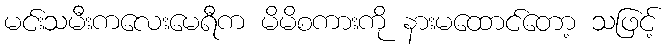
မင်းသမီးကလေးမေရီက မိမိစကားကို နားမထောင်တော့ သဖြင့်